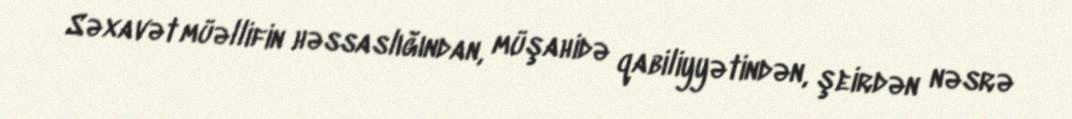
Səxavət müəllifin həssaslığından, müşahidə qabiliyyətindən, şeirdən nəsrə